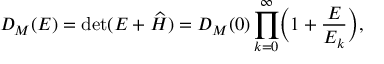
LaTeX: D _ { M } ( E ) = \mathrm { d e t } ( E + \widehat { H } ) = D _ { M } ( 0 ) \prod _ { k = 0 } ^ { \infty } \Bigl ( 1 + \frac { E } { E _ { k } } \Bigr ) ,